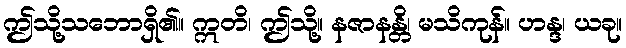
ဤသို့သဘောရှိ၏။ ဣတိ၊ ဤသို့။ နဇာနန္တိ၊ မသိကုန်။ ဟန္ဒ၊ ယခု။